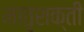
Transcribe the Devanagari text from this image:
मातृशक्ती